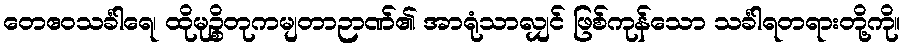
တေဧဝသင်္ခါရေ၊ ထိုမုဉ္စိတုကမျတာဉာဏ်၏ အာရုံသာလျှင် ဖြစ်ကုန်သော သင်္ခါရတရားတို့ကို။